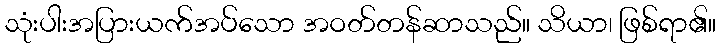
သုံးပါးအပြားယက်အပ်သော အဝတ်တန်ဆာသည်။ သိယာ၊ ဖြစ်ရာ၏။